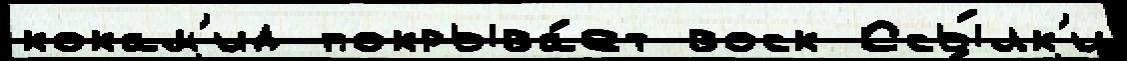
кокам'ид покрыва́ет воск Ссы́лк'и